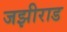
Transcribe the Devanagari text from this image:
जझीराड